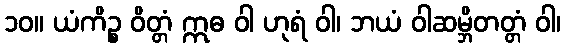
၁၀။ ယံကိဉ္စ ဝိတ္တံ ဣဓ ဝါ ဟုရံ ဝါ၊ ဘယံ ဝါဆမ္ဘိတတ္တံ ဝါ၊